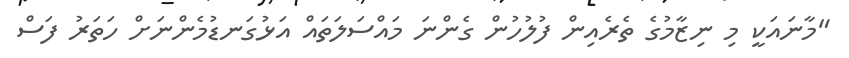
"މާނައަކީ މި ނިޒާމުގެ ތެރެއިން ފުލުހުން ގެންނަ މައްސަލަތައް އަޅުގަނޑުމެންނަށް ހަތަރު ފަސް